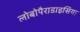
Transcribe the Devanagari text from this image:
लोबोपैराडाइसिया